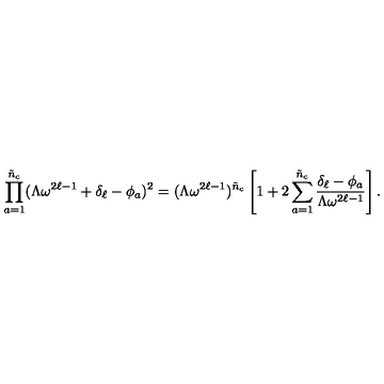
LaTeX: \prod _ { a = 1 } ^ { \tilde { n } _ { c } } ( \Lambda \omega ^ { 2 \ell - 1 } + \delta _ { \ell } - \phi _ { a } ) ^ { 2 } = ( \Lambda \omega ^ { 2 \ell - 1 } ) ^ { \tilde { n } _ { c } } \left[ 1 + 2 \sum _ { a = 1 } ^ { \tilde { n } _ { c } } \frac { \delta _ { \ell } - \phi _ { a } } { \Lambda \omega ^ { 2 \ell - 1 } } \right] .